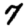
Digit: 7